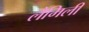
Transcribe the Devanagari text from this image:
लैमिली